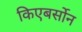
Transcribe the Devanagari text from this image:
किएबर्सोन